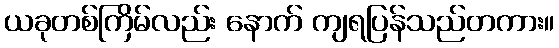
ယခုတစ်ကြိမ်လည်း နောက် ကျရပြန်သည်တကား။